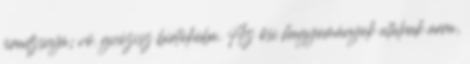
pradzsnyá; vö. gnózisz birtokába. Az ősi hagyományok utalnak arra,